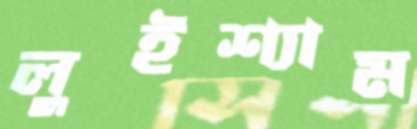
লুইশ্যাম